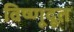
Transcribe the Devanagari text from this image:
विष्णूदूत